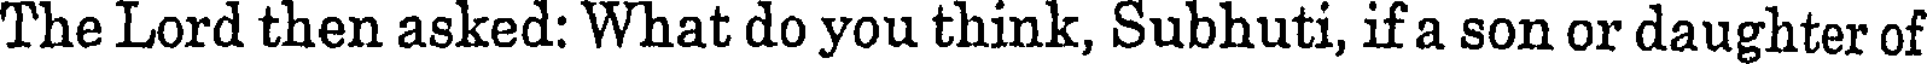
The Lord then asked: What do you think, Subhuti, if a son or daughter of